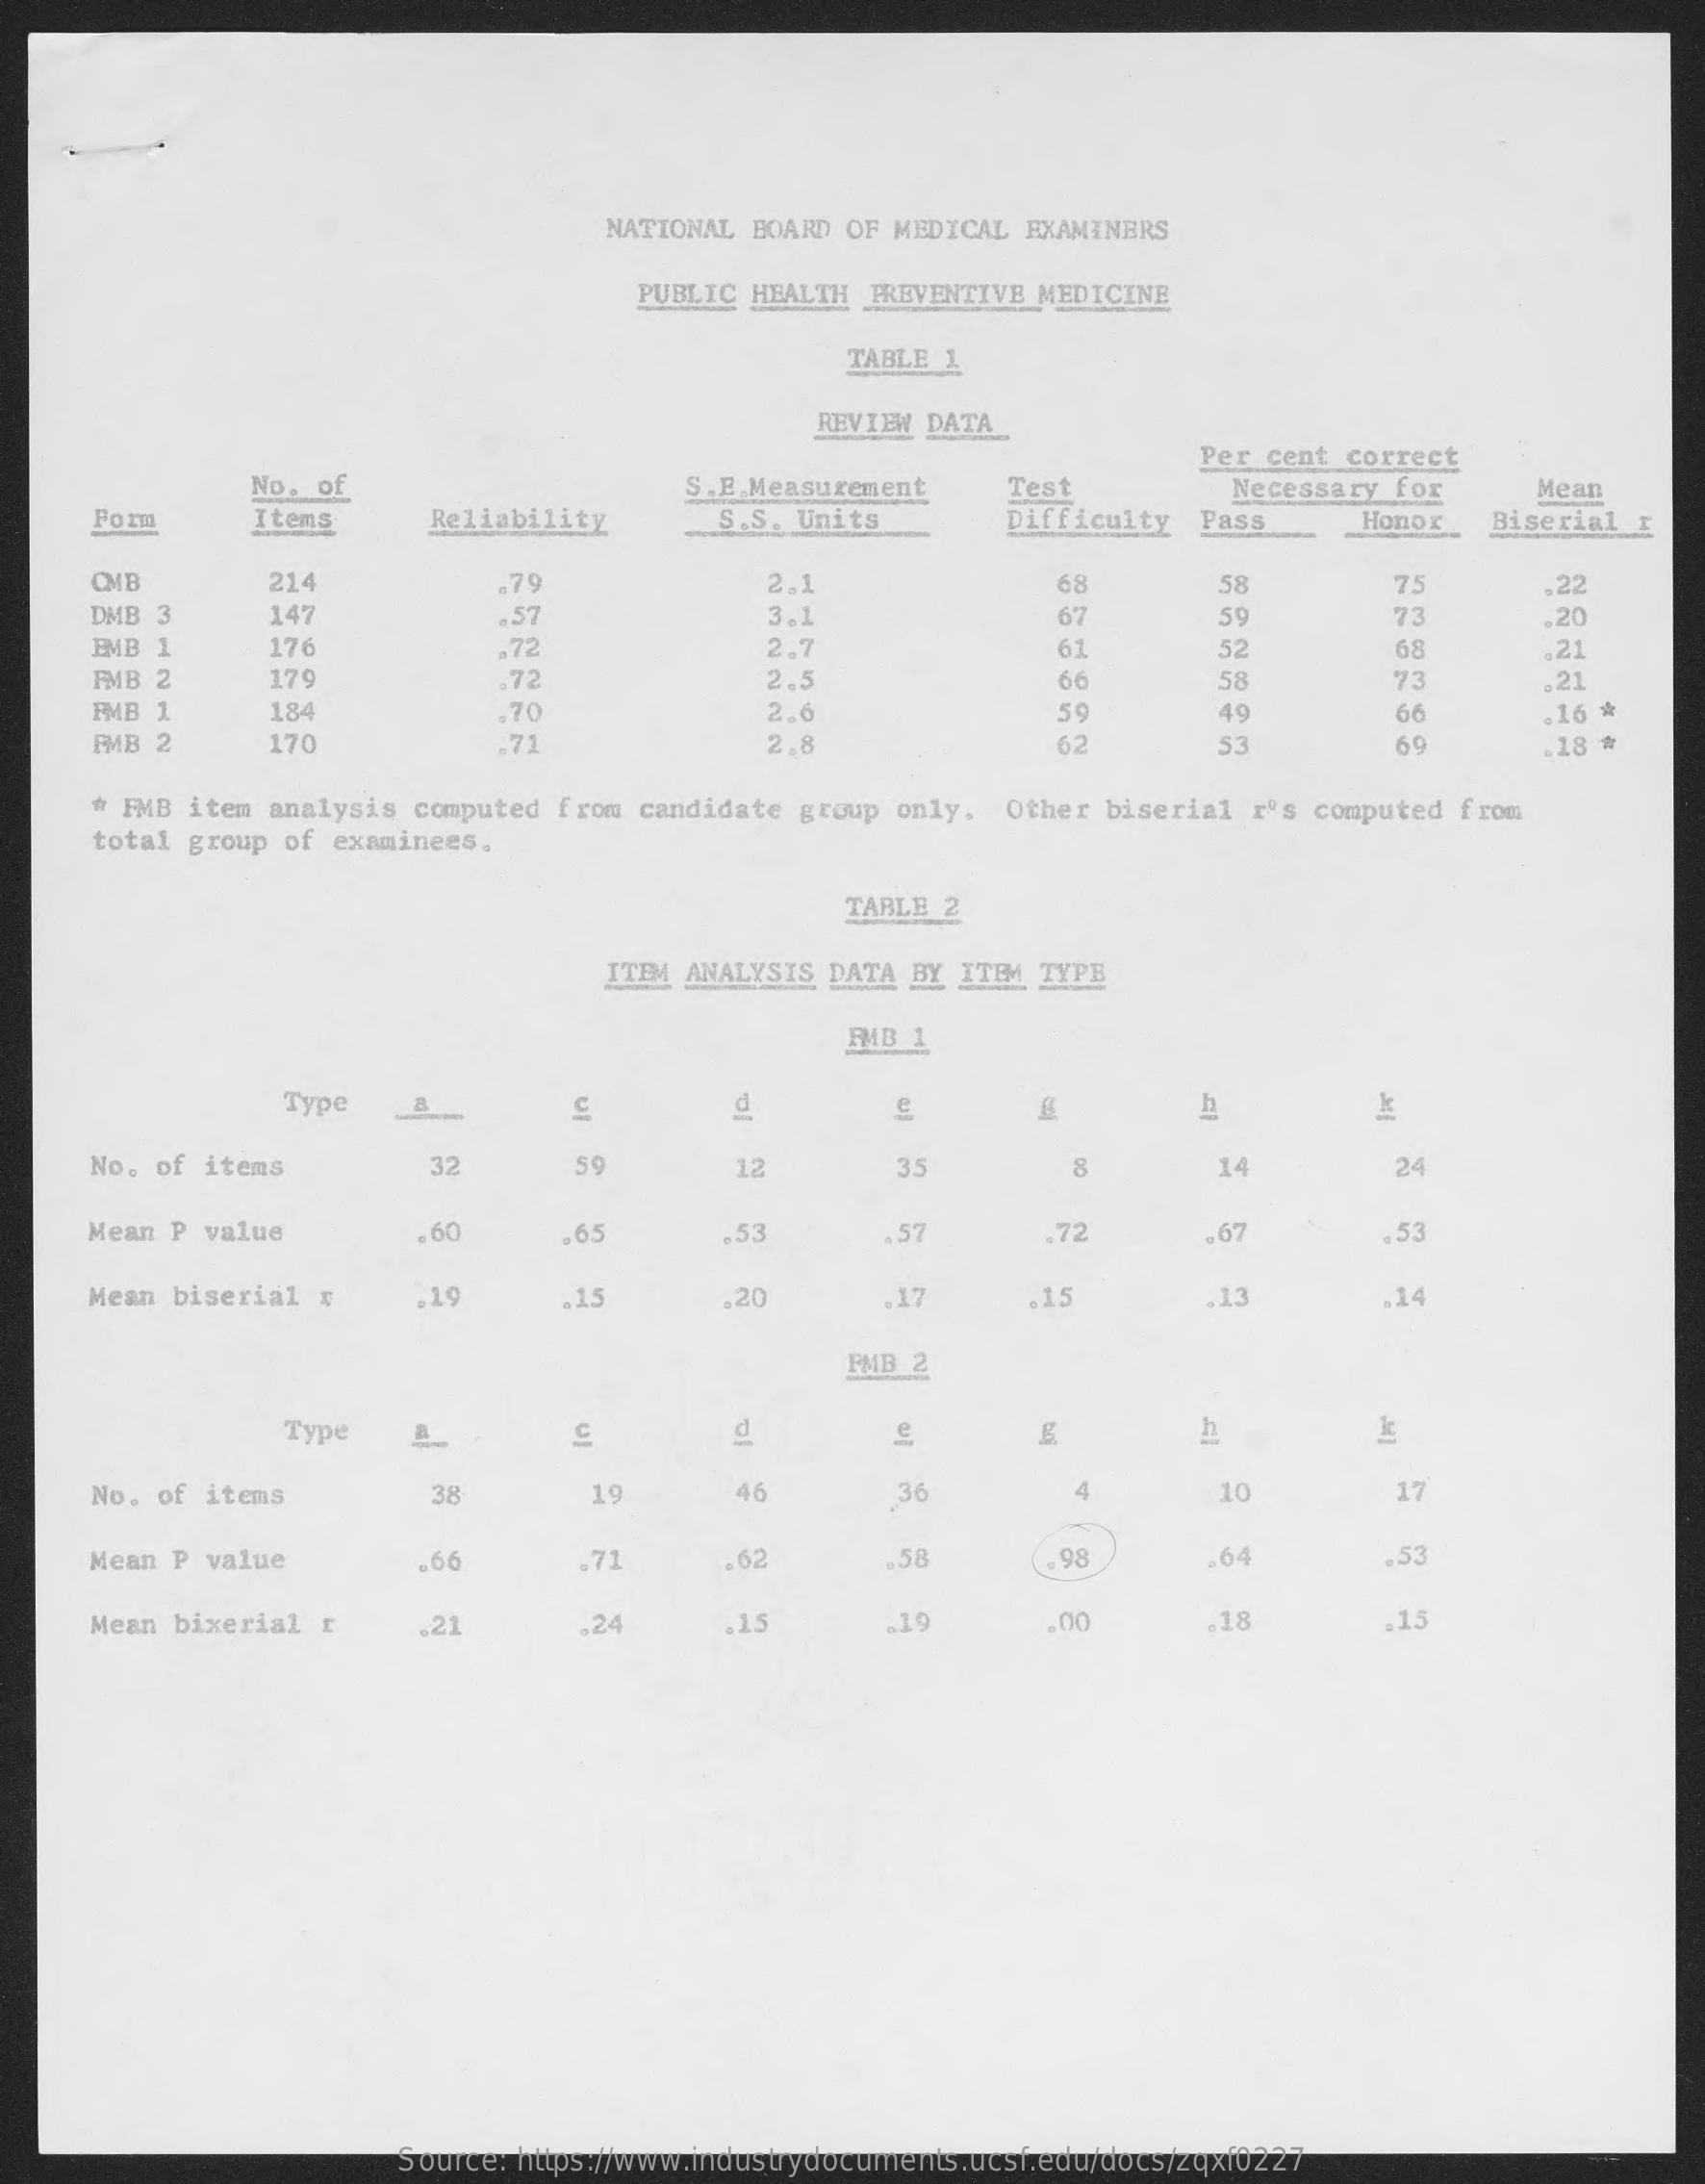
NATIONAL BOARD OF MEDICAL EXAMINERS
     PUBLIC HEALTH PREVENTIVE MEDICINE
     TABLE 1
     REVIEW DATA
     No. of
     Per cent correct
     S.E.Measurement  Test    Mean
     Form    Items    Reliability    S.S. Units    Difficulty
     Necessary for
     Pass    Honox Biserial I
     OMB    214    2.1    68    58    75
     DMB 3    147
     .79
     .57    3.1    67    59    73
     ,22
     EMB 1    176    .72    2.7    61    52    68
     .20
     FMB 2    179    .72    2.5    66    58    73
     .21
     .21
     FMB 1    184    .70    2.6    59    49    66
     FMB 2    170    .71    2.    62    53
     .16 ៛
     60    .18 吉
     * FMB item analysis computed from candidate group only. Other biserial r's computed from
     total group of examinees.
     TABLE 2
     ITEM ANALYSIS DATA BY ITEM TYPE
     FMB 1
     Type
     No. of items    32    12    35    8    14    24
     Mean P value    . 60    .65    .53    .57    .72    .67    .53
     Mean biserial r   19    .15    .20    .17    .15    .13    .14
     PMB 2
     Type    h
     No. of items    38    19    46    36    4    10    17
     Mean P value    .66    .71    62    .58    .98    -64    .53
     Mean bixerial r  .21    .24    15    .19    00    -18
     Source: https://www.industrydocuments.ucsf.edu/docs/zqxf0227